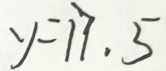
y = 1 7 . 5